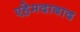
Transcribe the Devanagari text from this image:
एहेमदाबाद